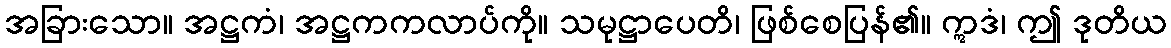
အခြားသော။ အဋ္ဌကံ၊ အဋ္ဌကကလာပ်ကို။ သမုဋ္ဌာပေတိ၊ ဖြစ်စေပြန်၏။ ဣဒံ၊ ဤ ဒုတိယ